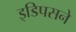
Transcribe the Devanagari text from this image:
इडिपसने